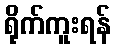
ရိုက်ကူးရန်